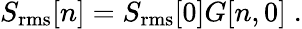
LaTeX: S_{\mathrm{rms}}[n]=S_{\mathrm{rms}}[0]G[n,0]\; .